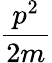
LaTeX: \frac{p^{2}}{2m}